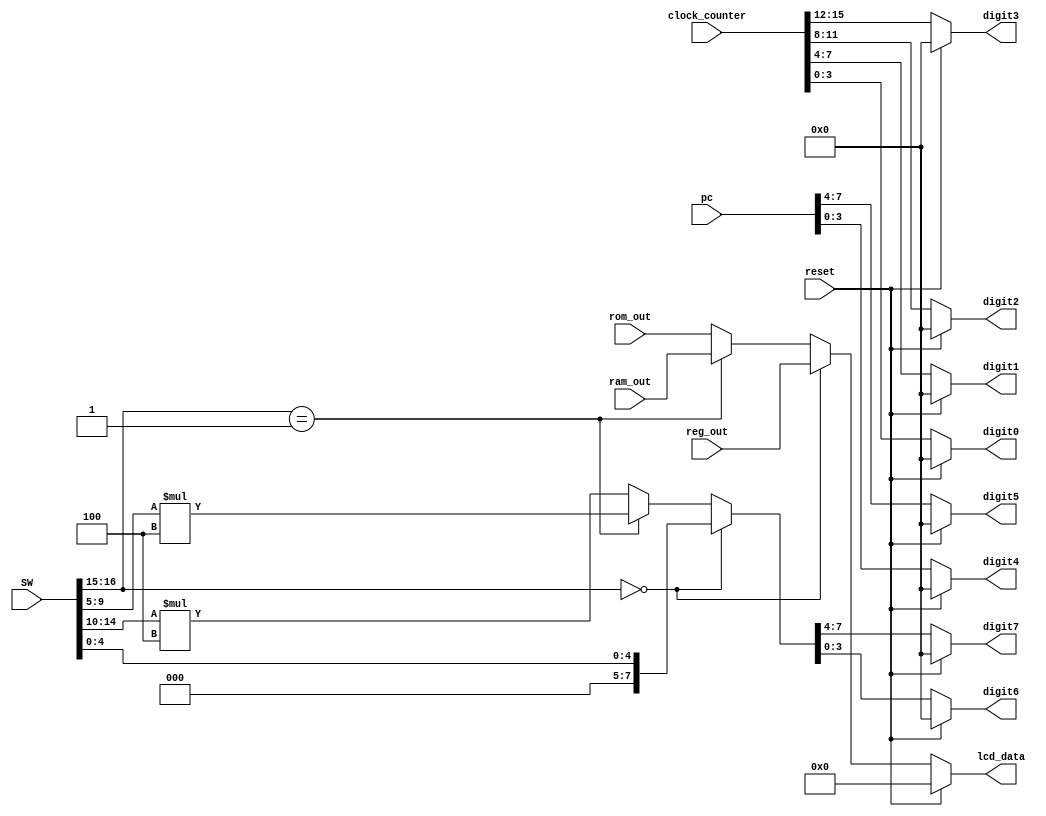
module ui_handler(input wire[17:0] SW,
	input wire reset,
	input wire[15:0] clock_counter,
	input wire[15:0] pc,
	input wire[31:0] reg_out,
	input wire[31:0] rom_out,
	input wire[31:0] ram_out,
	
	output reg[31:0] lcd_data,
	output reg[3:0] digit7,
	output reg[3:0] digit6,
	output reg[3:0] digit5,
	output reg[3:0] digit4,
	output reg[3:0]digit3,
	output reg[3:0] digit2,
	output reg[3:0] digit1,
	output reg[3:0] digit0);
	
	reg[7:0] addr;
	
	always @(*) begin
		if (reset == 1'b1) begin
			digit0 <= 0;
			digit1 <= 0;
			digit2 <= 0;
			digit3 <= 0;
			digit4 <= 0;
			digit5 <= 0;
			digit6 <= 0;
			digit7 <= 0;
			lcd_data <= 0;
			addr <= 0;
		end else begin
			// Figure out what to put on the LCD
			if (SW[16:15] == 1'b00) begin	// register
				//LCD_DATA1 <= SW[4:0];
				addr <= SW[4:0];
				lcd_data <= reg_out;
			end else if (SW[16:15] == 1'b01) begin	// data
				//LCD_DATA1 <= SW[9:5]*4;
				addr <= SW[9:5]*4;
				lcd_data <= ram_out;
			end else begin	// instruction
				//LCD_DATA1 <= program_counter;
				addr <= SW[14:10]*4;
				lcd_data <= rom_out;
			end
			// set hex values.
			// address to display
			digit7 <= addr[7:4];
			digit6 <= addr[3:0];

			// program counter
			digit5 <= pc[7:4];
			digit4 <= pc[3:0];

			// clock counter
			digit3 <= clock_counter[15:12];
			digit2 <= clock_counter[11:8];
			digit1 <= clock_counter[7:4];
			digit0 <= clock_counter[3:0];
		end
	end
endmodule